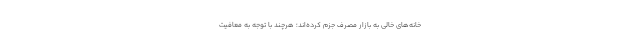
خانه‌های خالی به بازار مصرف جزم کرده‌اند؛ هرچند با توجه به معافیت